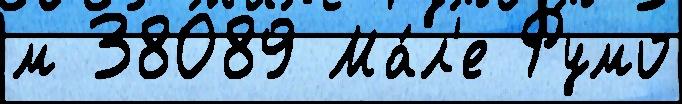
м 38089 Ма́л'е Румо